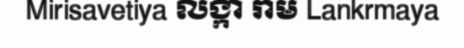
Mirisavetiya លង្កា រាម Lankrmaya